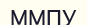
ММПУ